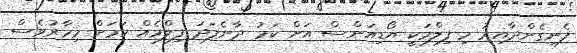
ފެނިގެންދާއިރު މި ފިލްމަކީ އޯޑިއަންސް އަށް ކަމު ދާނެފަދަ ފިލްމެއް ކަމަށް މިހާރުވެސް